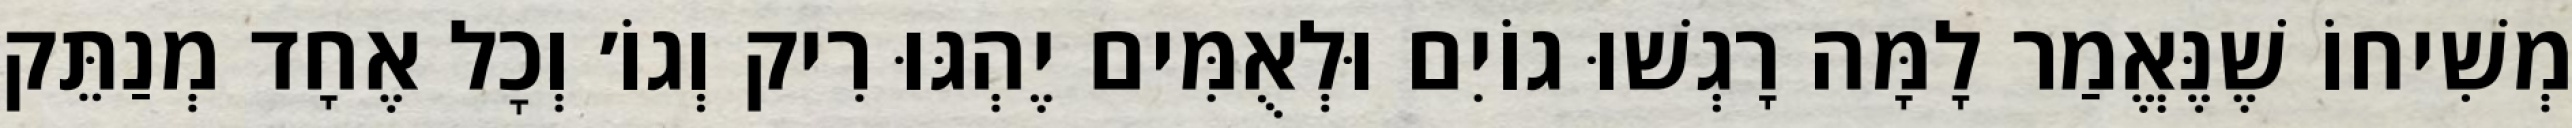
מְשִׁיחוֹ שֶׁנֶּאֱמַר לָמָּה רָגְשׁוּ גוֹיִם וּלְאֻמִּים יֶהְגּוּ רִיק וְגוֹ׳ וְכׇל אֶחָד מְנַתֵּק